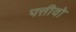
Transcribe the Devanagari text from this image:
पत्तीवो